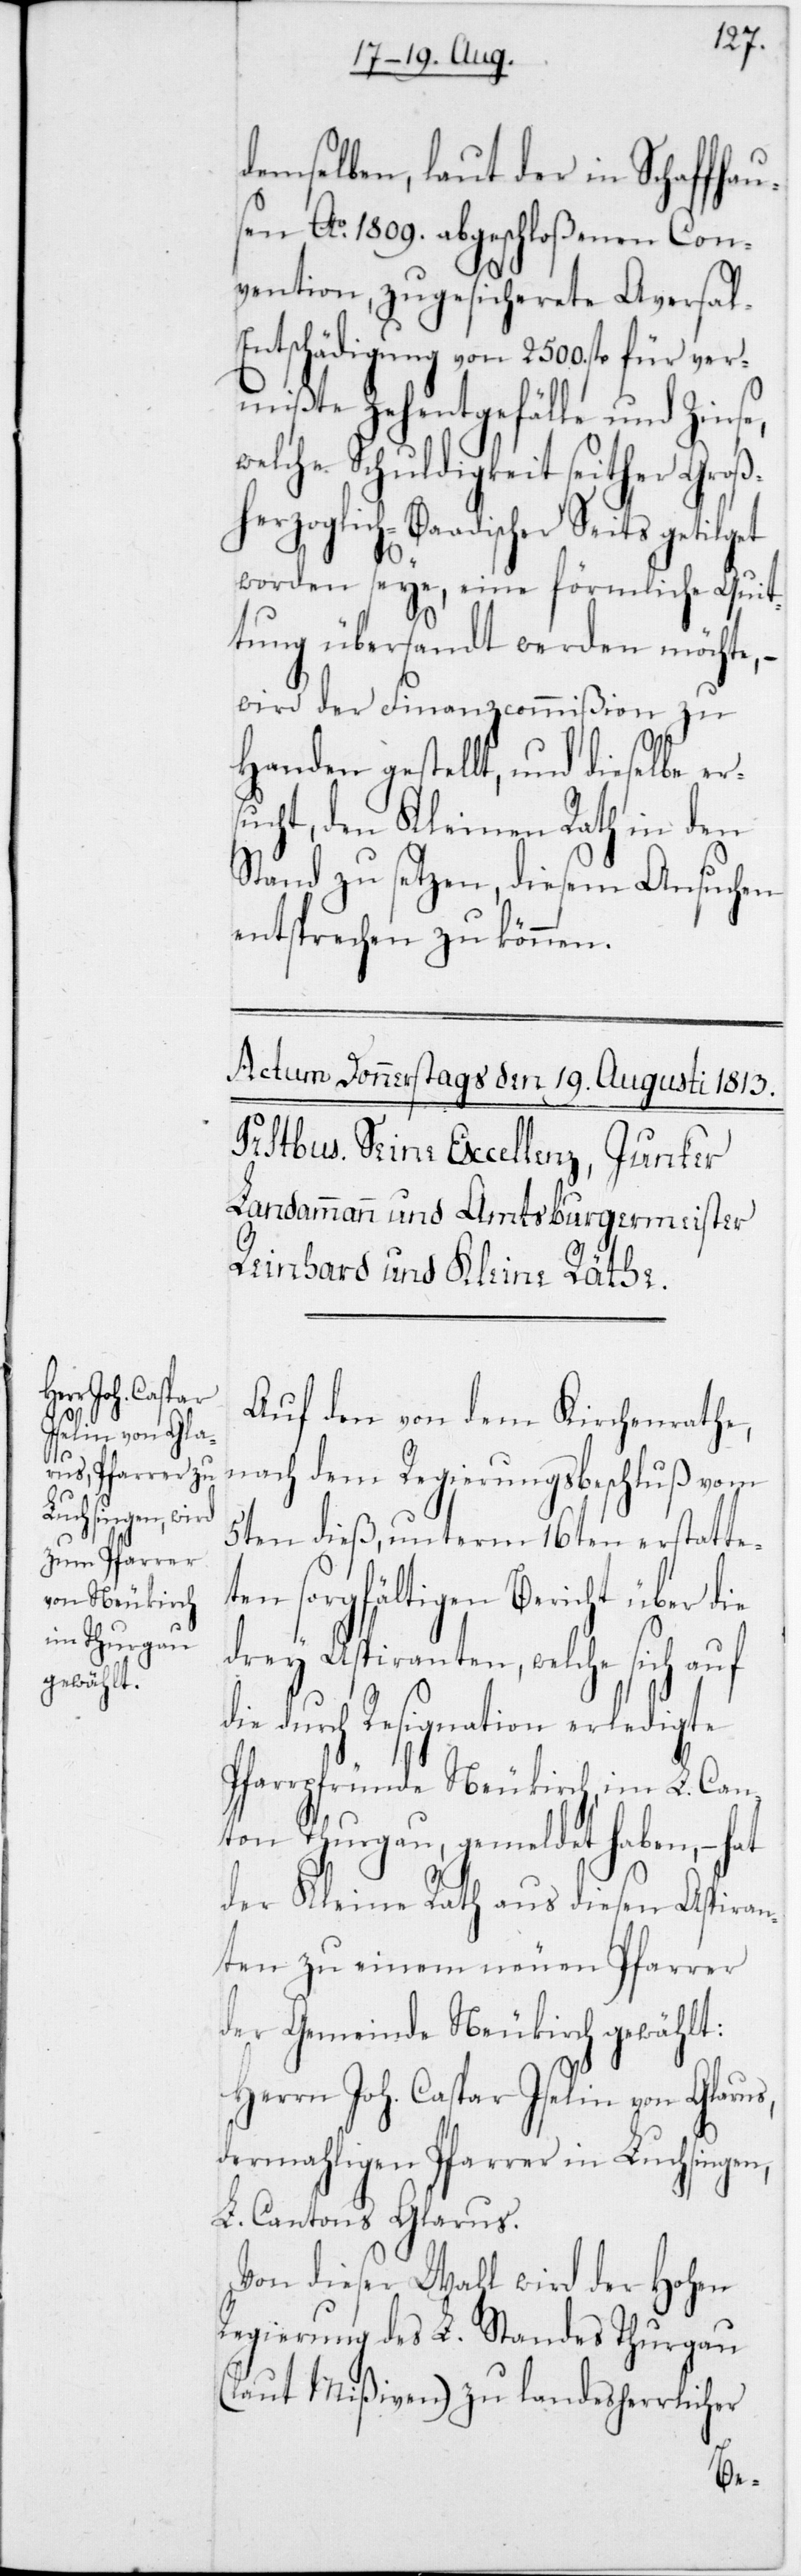
demselben, laut der in Schaffhau¬
sen Ao 1809 abgeschloßenen Con¬
vention, zugesicherete Aversal-E¬
ntschädigung von 2500 fl. für ver¬
mißte Zehentgefälle und Zinse,
welche Schuldigkeit seither Groß¬
herzoglich-Baadischer Seits getilget
worden seye, eine förmliche Quit¬
tung übersandt werden möchte,
wird der Finanzcommißion zu
ie
Handen gestellt, und dieselbe er¬
ucht, den Kleinen Rath in den¬
Stand zu stezen, diesem Ansuchen
entsprechen zu können.
Auf den von dem Kirchenrathe,
nach dem Regierungsbeschluß vom
5ten dieß, unterm 16ten erstatte¬
ten sorgfältigen Bericht über d¬
drey Aspiranten, welche sich auf
die durch Resignation erledigte
Pfarrpfründe Neukirch, im L. Can¬
ton Thurgau, gemeldet haben, – hat
der Kleine Rath aus diesen Aspiran¬
ten zu einem neuen Pfarrer
der Gemeinde Neukirch gewählt:
Herrn Joh. Caspar Iselin von Glarus,
dermahligen Pfarrer in Luchsingen,
L. Cantons Glarus.
Von dieser Wahl wird der Hohen
Regierung des L. Standes Thurgau
(laut Mißiven) zu landesherrlicher